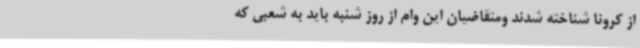
از کرونا شناخته شدند ومتقاضیان این وام از روز شنبه باید به شعبی که